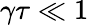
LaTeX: \gamma\tau\ll 1